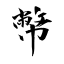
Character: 幣